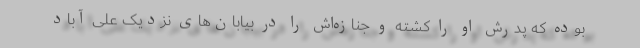
بوده که پدرش او را کشته و جنازه‌اش را در بیابان‌های نزدیک علی آباد